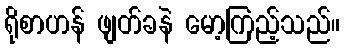
ရိုစာဟန် ဖျတ်ခနဲ မော့ကြည့်သည်။